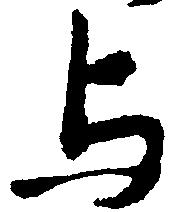
与